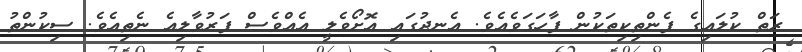
ރަތް ކުލައިގެ ފެންތިކިތަކުން ފާހަގަވެއެވެ. އެނދުގައި އޮށޯވެލީ އެއްވެސް ފަރުވާލިއެ ނެތިއެވެ. ސިކުންތު